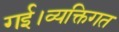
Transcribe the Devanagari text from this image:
गई।व्यक्तिगत